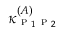
\kappa _ { \textsc { p } _ { 1 } \textsc { p } _ { 2 } } ^ { ( A ) }